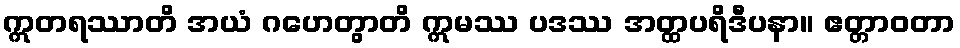
ဣတရဿာတိ အယံ ဂဟေတွာတိ ဣမဿ ပဒဿ အတ္ထပရိဒီပနာ။ ဧတ္တာဝတာ